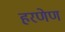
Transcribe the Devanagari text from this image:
हरणेण